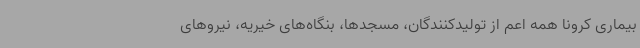
بیماری کرونا همه اعم از تولیدکنندگان، مسجدها، بنگاه‌های خیریه، نیروهای